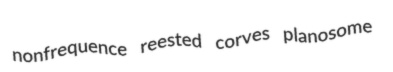
nonfrequence reested corves planosome